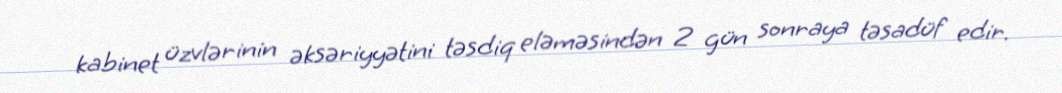
kabinet üzvlərinin əksəriyyətini təsdiq eləməsindən 2 gün sonraya təsadüf edir.